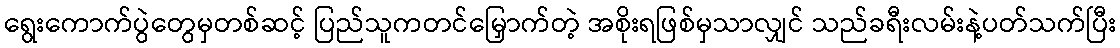
ရွေးကောက်ပွဲတွေမှတစ်ဆင့် ပြည်သူကတင်မြှောက်တဲ့ အစိုးရဖြစ်မှသာလျှင် သည်ခရီးလမ်းနဲ့ပတ်သက်ပြီး